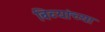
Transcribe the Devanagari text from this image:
बिब्यांच्या